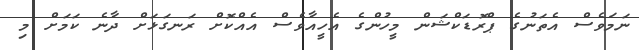
ނަމަވެސް އެތަނުގެ ޕްރޮޑަކްޝަން މީހުންގެ އެހީއާވެސް އެއްކޮށް ރަނގަޅަށް ދާނެ ކަމަށް މި